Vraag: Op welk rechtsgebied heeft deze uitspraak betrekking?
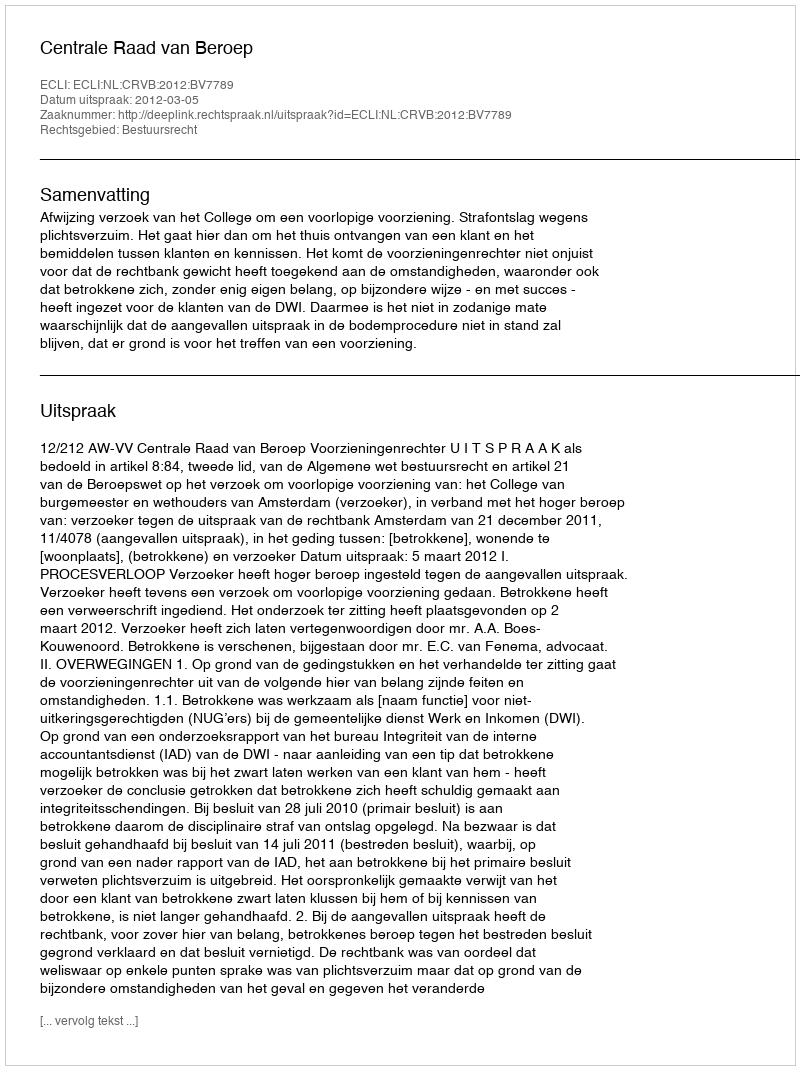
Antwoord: Bestuursrecht